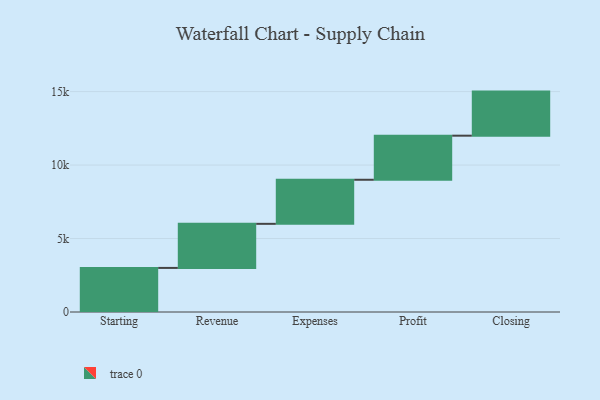
{"axis": {"x": "Step", "y": "Value"}, "legend": [""], "data": [{"x": "Starting", "y": 3000, "type": ""}, {"x": "Revenue", "y": 3000, "type": ""}, {"x": "Expenses", "y": 3000, "type": ""}, {"x": "Profit", "y": 3000, "type": ""}, {"x": "Closing", "y": 3000, "type": ""}]}